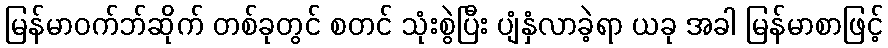
မြန်မာဝက်ဘ်ဆိုက် တစ်ခုတွင် စတင် သုံးစွဲပြီး ပျံနှံလာခဲ့ရာ ယခု အခါ မြန်မာစာဖြင့်